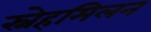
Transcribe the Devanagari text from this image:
स्नेहमिलन